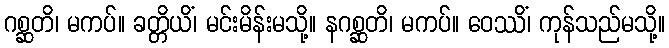
ဂစ္ဆတိ၊ မကပ်။ ခတ္တိယိံ၊ မင်းမိန်းမသို့။ နဂစ္ဆတိ၊ မကပ်။ ဝေဿိံ၊ ကုန်သည်မသို့။